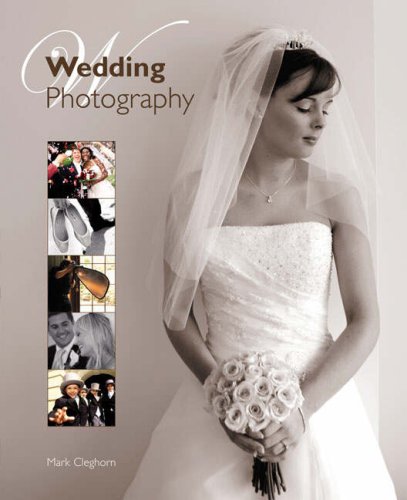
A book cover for Wedding Photography: The Complete Guide; Mark Cleghorn; Crafts, Hobbies & Home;